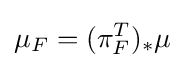
\mu _{F}=(\pi _{F}^{T})_{*}\mu